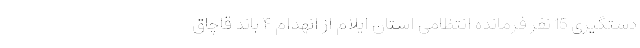
دستگیری 15 نفر فرمانده انتظامی استان ایلام از انهدام ۴ باند قاچاق